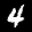
Label: 4